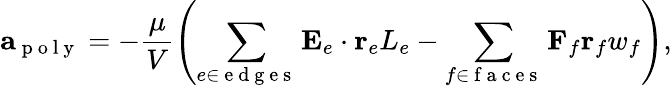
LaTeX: \mathbf{a}_{\mathrm{~p~o~l~y~}}=-\frac{\mu}{V}\left(\sum_{e\in\mathrm{~e~d~g~e~s~}}\mathbf{E}_{e}\cdot\mathbf{r}_{e}L_{e}-\sum_{f\in\mathrm{~f~a~c~e~s~}}\mathbf{F}_{f}\mathbf{r}_{f}w_{f}\right),